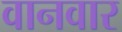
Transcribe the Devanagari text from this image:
वानवार